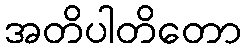
အတိပါတိတော